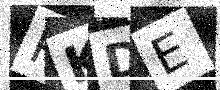
Text: PKDE